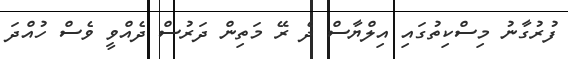
ފުރުގާނު މިސްކިތުގައި އިލްޔާސް ދެ ރޭ މަތިން ދަރުސް ދެއްވީ ވެސް ހުއްދަ